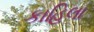
કાહિલા